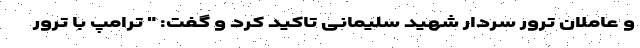
و عاملان ترور سردار شهید سلیمانی تاکید کرد و گفت: " ترامپ با ترور